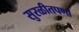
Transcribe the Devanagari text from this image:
सुरळीतपणा